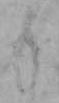
も